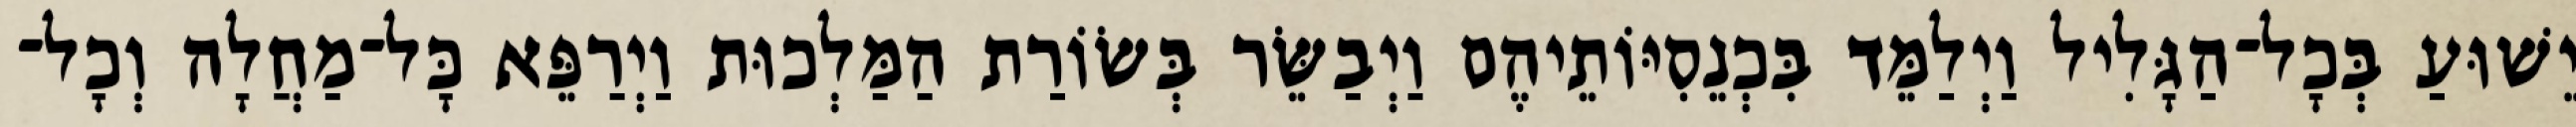
יֵשׁוּעַ בְּכָל־הַגָּלִיל וַיְלַמֵּד בִּכְנֵסִיּוֹתֵיהֶם וַיְבַשֵּׂר בְּשׂוֹרַת הַמַּלְכוּת וַיְרַפֵּא כָּל־מַחֲלָה וְכָל־